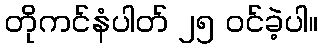
တိုကင်နံပါတ် ၂၅ ဝင်ခဲ့ပါ။